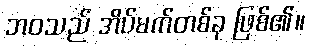
ဘဝသည် အိပ်မက်တစ်ခု ဖြစ်၏။